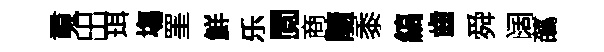
䰟出珥塲罣鮮乐閲商髓黍縞齒舜阔蘤